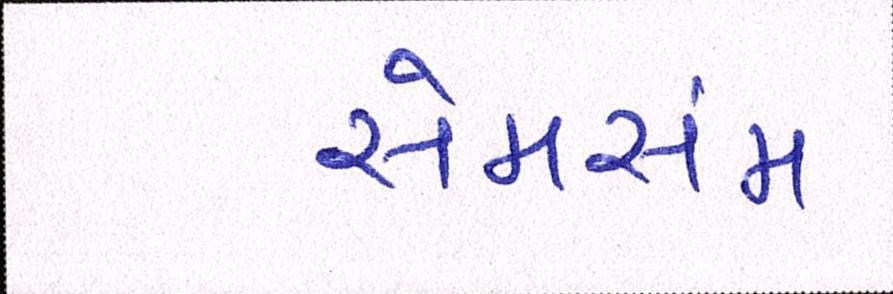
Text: સેમસંમ